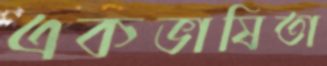
একভাষিতা